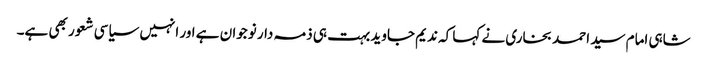
شاہی امام سید احمد بخاری نے کہا کہ ندیم جاوید بہت ہی ذمہ دار نوجوان ہے اور انہیں سیاسی شعور بھی ہے۔